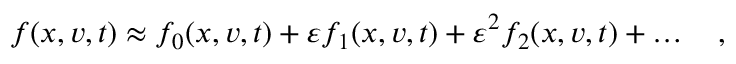
f ( x , v , t ) \approx f _ { 0 } ( x , v , t ) + \varepsilon f _ { 1 } ( x , v , t ) + \varepsilon ^ { 2 } f _ { 2 } ( x , v , t ) + \hdots \quad ,